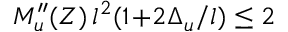
M _ { u } ^ { \prime \prime } ( Z ) \, l ^ { 2 } ( 1 \! + \! 2 \Delta _ { u } / l ) \le 2